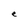
Character: e